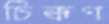
চিক্কণ